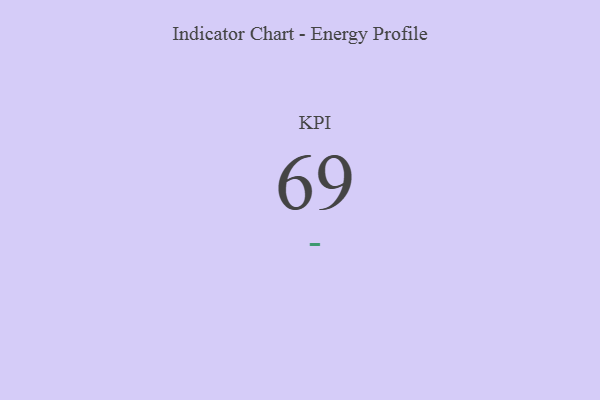
{"axis": {"x": "KPI", "y": "Value"}, "legend": [""], "data": [{"x": "KPI", "y": 69, "type": ""}]}